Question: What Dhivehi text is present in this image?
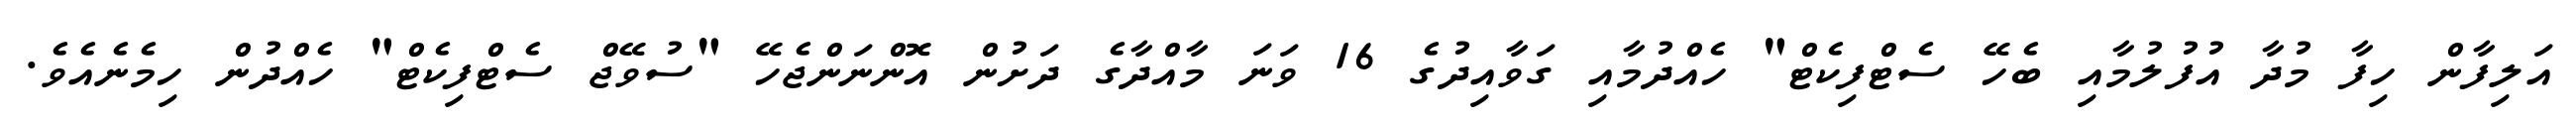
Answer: އަލިފާން ހިފާ މުދާ އުފުލުމާއި ބެހޭ ސެޓްފިކެޓް" ހެއްދުމާއި ގަވާއިދުގެ 16 ވަނަ މާއްދާގެ ދަށުން އޮންނަންޖެހޭ "ސުވޭޖް ސެޓްފިކެޓް" ހެއްދުން ހިމެނެއެވެ.